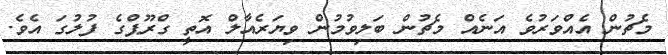
މެޗުން އެއްވަރުވެ އަނެއް މެޗުން ބަލިވުމުން ވިޔަރެއާލް އޮތީ ގްރޫޕްގެ ފުލުގަ އެވެ.